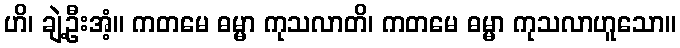
ဟိ၊ ချဲ့ဦးအံ့။ ကတမေ ဓမ္မာ ကုသလာတိ၊ ကတမေ ဓမ္မာ ကုသလာဟူသော။